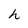
Character: h